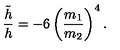
\frac { \tilde { h } } { h } = - 6 \left( \frac { m _ { 1 } } { m _ { 2 } } \right) ^ { 4 } .